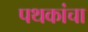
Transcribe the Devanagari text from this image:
पथकांचा